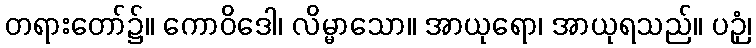
တရားတော်၌။ ကောဝိဒေါ၊ လိမ္မာသော။ အာယုရော၊ အာယုရသည်။ ပဉှံ၊